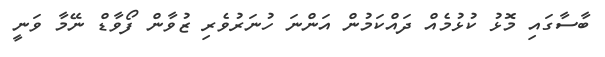
ބާސާގައި މޮޅު ކުޅުމެއް ދައްކަމުން އަންނަ ހުނަރުވެރި ޒުވާން ފޯވާޑް ނޭމާ ވަނީ